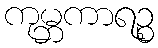
ကုမ္ဘကာရဉ္စ